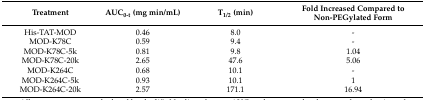
<table><thead><tr><td><b>Treatment</b></td><td><b>AUC<sub>0-t</sub> (mg min/mL)</b></td><td><b>T<sub>1/2</sub> (min)</b></td><td><b>Fold Increased Compared to Non-PEGylated Form</b></td></tr></thead><tbody><tr><td>His-TAT-MOD</td><td>0.46</td><td>8.0</td><td>-</td></tr><tr><td>MOD-K78C</td><td>0.59</td><td>9.4</td><td>-</td></tr><tr><td>MOD-K78C-5k</td><td>0.81</td><td>9.8</td><td>1.04</td></tr><tr><td>MOD-K78C-20k</td><td>2.65</td><td>47.6</td><td>5.06</td></tr><tr><td>MOD-K264C</td><td>0.68</td><td>10.1</td><td>-</td></tr><tr><td>MOD-K264C-5k</td><td>0.93</td><td>10.1</td><td>1</td></tr><tr><td>MOD-K264C-20k</td><td>2.57</td><td>171.1</td><td>16.94</td></tr></tbody></table>